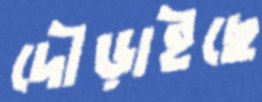
দৌড়াইছে